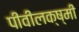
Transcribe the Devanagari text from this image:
पीवीलक्ष्मी